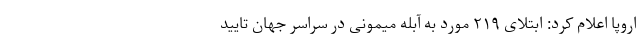
اروپا اعلام کرد: ابتلای ۲۱۹ مورد به آبله میمونی در سراسر جهان تایید